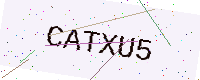
Text: CATXU5